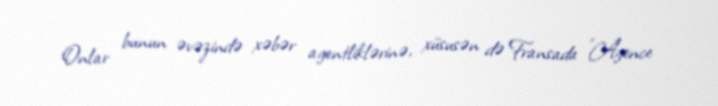
Onlar bunun əvəzində xəbər agentliklərinə, xüsusən də Fransada "Agence